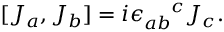
[ J _ { a } , J _ { b } ] = i \epsilon _ { a b } ^ { \phantom { a b } c } J _ { c } .